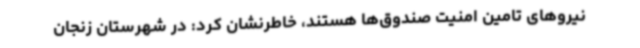
نیروهای تامین امنیت صندوق‌ها هستند، خاطرنشان کرد: در شهرستان زنجان